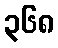
၃၆၈